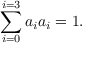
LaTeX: \sum _ { i = 0 } ^ { i = 3 } a _ { i } a _ { i } = 1 .